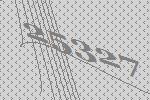
25327